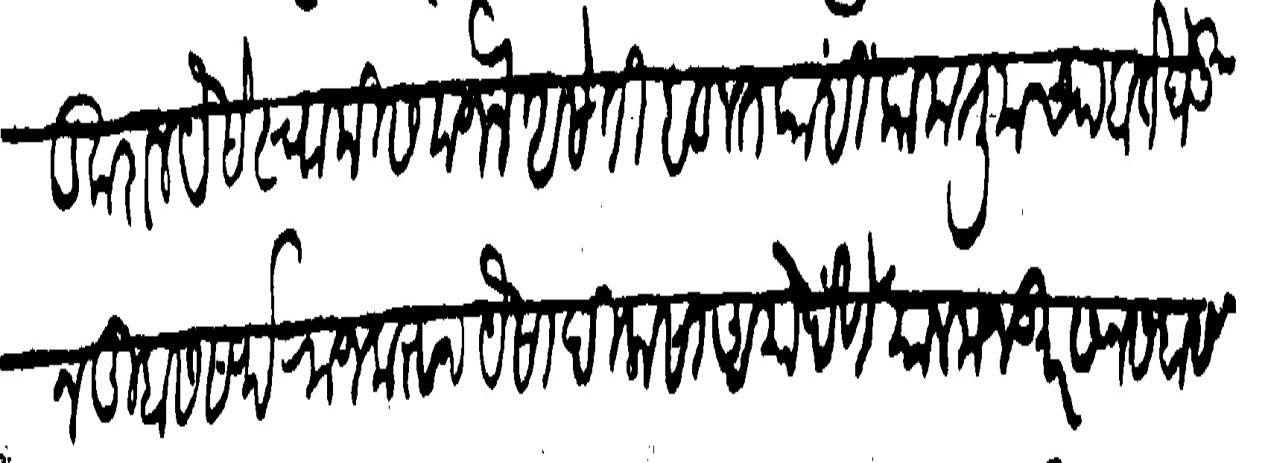
Transliteration (Devanagari): उदंड कराल यैसे स्वामी समजले असेती बहूत कांहीं काम तुमच्या हाते घेऊन तुम्हास सर्फराज करुन पैसा दिलासा असो देणे साल मजकूर सन सबा सबैना